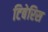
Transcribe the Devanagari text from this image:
टिबेरिस